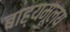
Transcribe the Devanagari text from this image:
बाह्यमूल्य